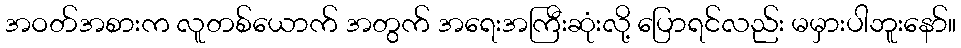
အဝတ်အစားက လူတစ်ယောက် အတွက် အရေးအကြီးဆုံးလို့ ပြောရင်လည်း မမှားပါဘူးနော်။